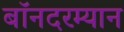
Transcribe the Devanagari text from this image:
बॉनदरम्यान